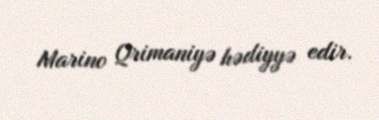
Marino Qrimaniyə hədiyyə edir.